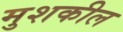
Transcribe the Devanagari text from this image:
मुशकील